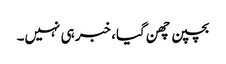
بچپن چھن گیا، خبر ہی نہیں۔